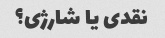
نقدی یا شارژی؟